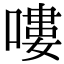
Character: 嘍